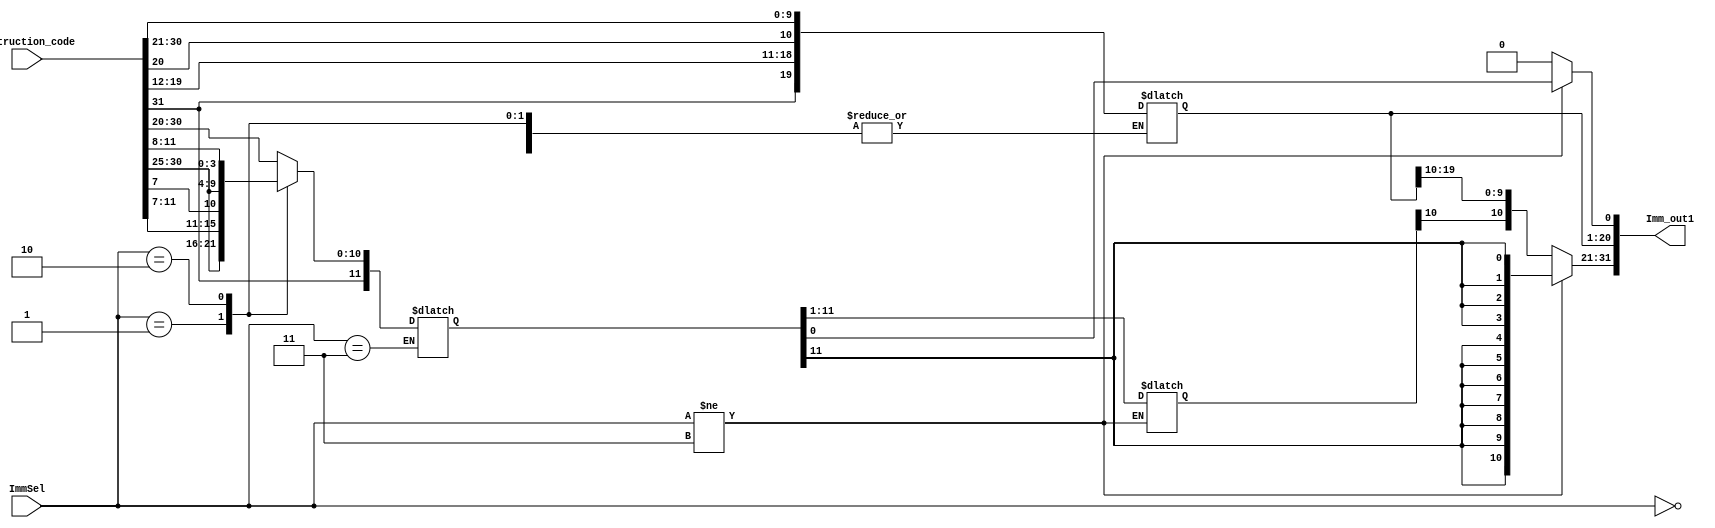
`timescale 1ns / 1ps
//////////////////////////////////////////////////////////////////////////////////
// Company: 
// Engineer: 
// 
// Design Name: 
// Module Name: Imm_Gen
// Project Name: 
// Target Devices: 
// Tool Versions: 
// Description: 
// 
// Dependencies: 
// 
// Revision:
// Revision 0.01 - File Created
// Additional Comments:
// 
//////////////////////////////////////////////////////////////////////////////////


module Imm_Gen(
input [31:0]Instruction_code,
input [1:0] ImmSel,
output  reg [31:0]Imm_out1=0
    );
    reg [11:0]Imm_out;
  always@(*)
  case(ImmSel)
  2'b00:
  Imm_out[11:0]=Instruction_code[31:20];//I-type instrn
  2'b01:
  Imm_out[11:0]={Instruction_code[31:25],Instruction_code[11:7]};//S-typeinstrn
 2'b10:
 Imm_out[11:0]={Instruction_code[31],Instruction_code[7],Instruction_code[30:25],Instruction_code[11:8]};//SB type instrn store byte
 2'b11:
 Imm_out1[20:1]={Instruction_code[31],Instruction_code[19:12],Instruction_code[20],Instruction_code[30:21]};//J-type instruction
    endcase
always@(Imm_out,ImmSel)
begin
if(ImmSel!=3)
begin
 Imm_out1[31:12]<={20{Imm_out[11]}};
 Imm_out1[11:0]<= {Imm_out[11:0]};
 end
 else
 begin
  Imm_out1[31:21]<={11{Imm_out1[20]}};
 Imm_out1[0]<= 0;
 end
 end
endmodule
//  2'b11:
//    Imm_out1[20:1]<={Instruction_code[31],Instruction_code[19:12],Instruction_code[20],Instruction_code[30:21]};//J-type instruction